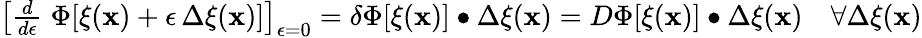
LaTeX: \begin{array}{r}{\left[\frac{d}{d\epsilon}\; \Phi[\xi(\mathbf{x})+\epsilon\, \Delta\xi(\mathbf{x})]\right]_{\epsilon=0}=\delta\Phi[\xi(\mathbf{x})]\bullet\Delta\xi(\mathbf{x})=D\Phi[\xi(\mathbf{x})]\bullet\Delta\xi(\mathbf{x})\quad\forall\Delta\xi(\mathbf{x})}\end{array}